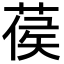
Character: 葔